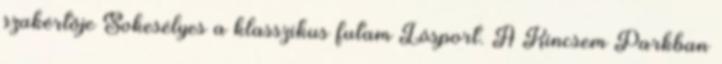
szakértője Sokesélyes a klasszikus futam Lósport. A Kincsem Parkban